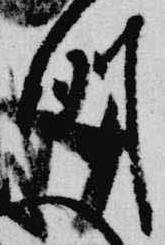
例